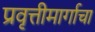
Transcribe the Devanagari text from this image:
प्रवृत्तीमार्गाचा